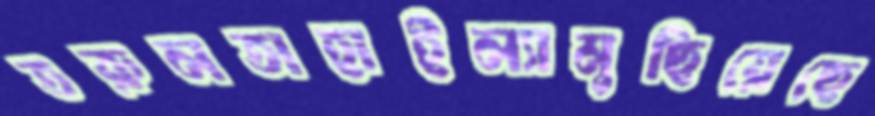
তরুলতাহাইল্যামুছিয়েছে